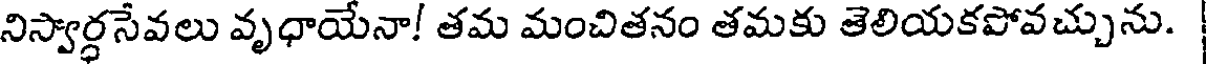
నిస్వార్ధసేవలు వృధాయేనా! తమ మంచితనం తమకు తెలియకపోవచ్చును.